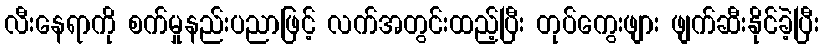
လီးနေရာကို စက်မှုနည်းပညာဖြင့် လက်အတွင်းထည့်ပြီး တုပ်ကွေးဖျား ဖျက်ဆီးနိုင်ခဲ့ပြီး